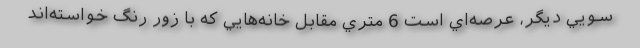
سويي ديگر، عرصه‌اي است 6 متري مقابل خانه‌هايي كه با زور رنگ خواسته‌اند